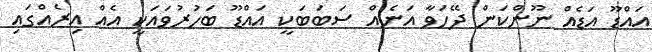
އައްޑޫ އަޑެއް ނޫންކަން ދޭހަވާ އަނެއް ސަބަބަކީ އައްޑޫ ބަހުރުވައަކީ އެއް އިރެއްގައި